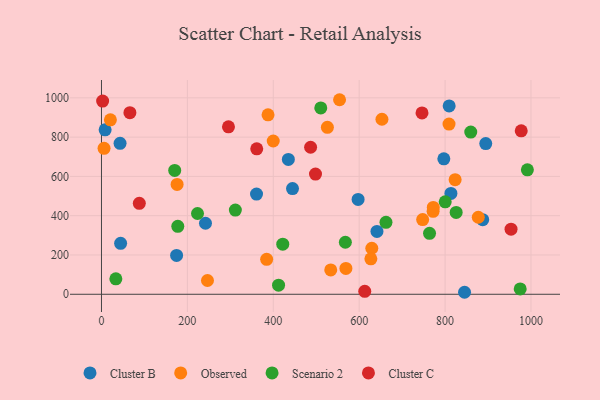
{"axis": {"x": "Speed", "y": "Profit"}, "legend": ["Cluster B", "Cluster C", "Observed", "Scenario 2"], "data": [{"x": "242.2", "y": 361.6, "type": "Cluster B"}, {"x": "444.8", "y": 538.0, "type": "Cluster B"}, {"x": "361.0", "y": 510.3, "type": "Cluster B"}, {"x": "435.1", "y": 686.3, "type": "Cluster B"}, {"x": "797.1", "y": 689.6, "type": "Cluster B"}, {"x": "44.6", "y": 259.3, "type": "Cluster B"}, {"x": "174.9", "y": 197.7, "type": "Cluster B"}, {"x": "887.6", "y": 379.8, "type": "Cluster B"}, {"x": "894.7", "y": 767.0, "type": "Cluster B"}, {"x": "809.5", "y": 958.8, "type": "Cluster B"}, {"x": "43.3", "y": 768.3, "type": "Cluster B"}, {"x": "8.5", "y": 836.9, "type": "Cluster B"}, {"x": "597.5", "y": 483.0, "type": "Cluster B"}, {"x": "813.6", "y": 513.4, "type": "Cluster B"}, {"x": "845.3", "y": 10.2, "type": "Cluster B"}, {"x": "641.4", "y": 319.8, "type": "Cluster B"}, {"x": "629.4", "y": 234.3, "type": "Observed"}, {"x": "6.0", "y": 743.1, "type": "Observed"}, {"x": "653.0", "y": 890.8, "type": "Observed"}, {"x": "20.8", "y": 887.8, "type": "Observed"}, {"x": "176.1", "y": 559.2, "type": "Observed"}, {"x": "809.2", "y": 866.4, "type": "Observed"}, {"x": "772.5", "y": 442.3, "type": "Observed"}, {"x": "747.8", "y": 380.3, "type": "Observed"}, {"x": "877.3", "y": 392.0, "type": "Observed"}, {"x": "384.6", "y": 178.1, "type": "Observed"}, {"x": "387.8", "y": 913.5, "type": "Observed"}, {"x": "823.4", "y": 583.6, "type": "Observed"}, {"x": "246.8", "y": 70.2, "type": "Observed"}, {"x": "569.1", "y": 131.7, "type": "Observed"}, {"x": "533.8", "y": 124.2, "type": "Observed"}, {"x": "399.9", "y": 780.1, "type": "Observed"}, {"x": "772.1", "y": 422.4, "type": "Observed"}, {"x": "627.2", "y": 180.6, "type": "Observed"}, {"x": "554.3", "y": 990.3, "type": "Observed"}, {"x": "526.0", "y": 849.6, "type": "Observed"}, {"x": "800.3", "y": 470.8, "type": "Scenario 2"}, {"x": "223.6", "y": 411.1, "type": "Scenario 2"}, {"x": "422.1", "y": 255.2, "type": "Scenario 2"}, {"x": "567.8", "y": 264.8, "type": "Scenario 2"}, {"x": "412.3", "y": 46.2, "type": "Scenario 2"}, {"x": "859.8", "y": 825.5, "type": "Scenario 2"}, {"x": "170.5", "y": 630.3, "type": "Scenario 2"}, {"x": "177.7", "y": 345.9, "type": "Scenario 2"}, {"x": "991.6", "y": 633.3, "type": "Scenario 2"}, {"x": "311.7", "y": 428.8, "type": "Scenario 2"}, {"x": "510.6", "y": 948.6, "type": "Scenario 2"}, {"x": "33.5", "y": 78.8, "type": "Scenario 2"}, {"x": "974.9", "y": 27.5, "type": "Scenario 2"}, {"x": "763.8", "y": 310.2, "type": "Scenario 2"}, {"x": "662.4", "y": 366.0, "type": "Scenario 2"}, {"x": "825.8", "y": 416.4, "type": "Scenario 2"}, {"x": "66.2", "y": 924.3, "type": "Cluster C"}, {"x": "498.3", "y": 611.8, "type": "Cluster C"}, {"x": "746.3", "y": 922.9, "type": "Cluster C"}, {"x": "2.7", "y": 983.6, "type": "Cluster C"}, {"x": "613.0", "y": 14.8, "type": "Cluster C"}, {"x": "977.3", "y": 832.1, "type": "Cluster C"}, {"x": "88.1", "y": 462.9, "type": "Cluster C"}, {"x": "361.5", "y": 740.5, "type": "Cluster C"}, {"x": "486.9", "y": 748.3, "type": "Cluster C"}, {"x": "295.7", "y": 852.6, "type": "Cluster C"}, {"x": "953.6", "y": 331.4, "type": "Cluster C"}]}